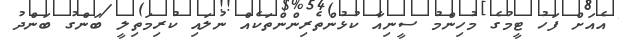
އެއަށް ފަހު ޓީމުގެ މުހިންމު ސީނިއާ ކުޅުންތެރިންންތަކެއް ނުލައި ކުރިމަތިލީ ބަންގު ބަންދު